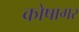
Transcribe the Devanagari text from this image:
कोषागर